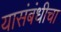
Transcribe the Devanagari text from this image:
यासंबंधीचा